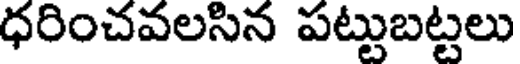
ధరించవలసిన పట్టుబట్టలు